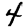
Digit: 4